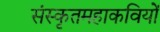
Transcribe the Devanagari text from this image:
संस्कृतमहाकवियों